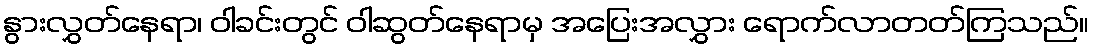
နွားလွှတ်နေရာ၊ ဝါခင်းတွင် ဝါဆွတ်နေရာမှ အပြေးအလွှား ရောက်လာတတ်ကြသည်။